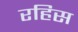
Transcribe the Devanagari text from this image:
रहिस